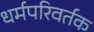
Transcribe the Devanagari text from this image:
धर्मपरिवर्तक